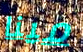
مينا